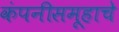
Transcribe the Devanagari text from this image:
कंपनीसमूहाचे